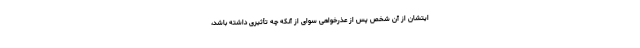
ایتشان از آن شخص پس از عذر‌خواهی سوای از آنکه چه تأثیری داشته باشد،